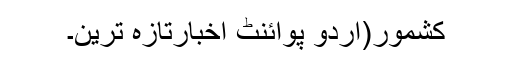
کشمور(اُردو پوائنٹ اخبارتازہ ترین۔